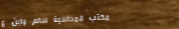
مكتب المحاسبة سالم وابن ع